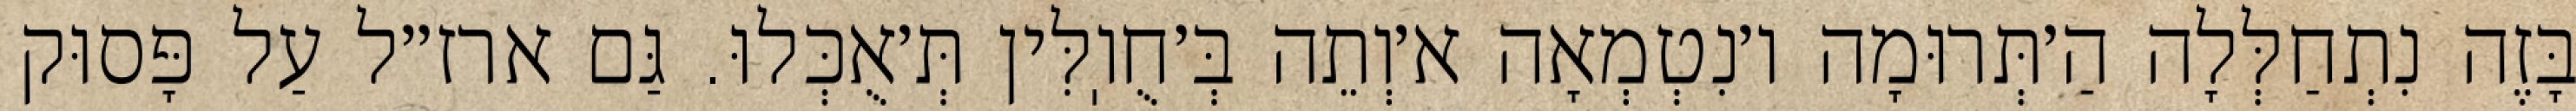
בָּזֶה נִתְחַלְּלָה הַ׳תְּרוּמָה ו׳נִטְמְאָה א׳וְתֵה בְּ׳חֻוֽלִּין תְּ׳אֻכְּלוּ. גַּם ארז״ל עַל פָּסוּק